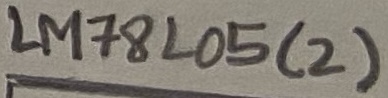
Text: LM78L05(2)